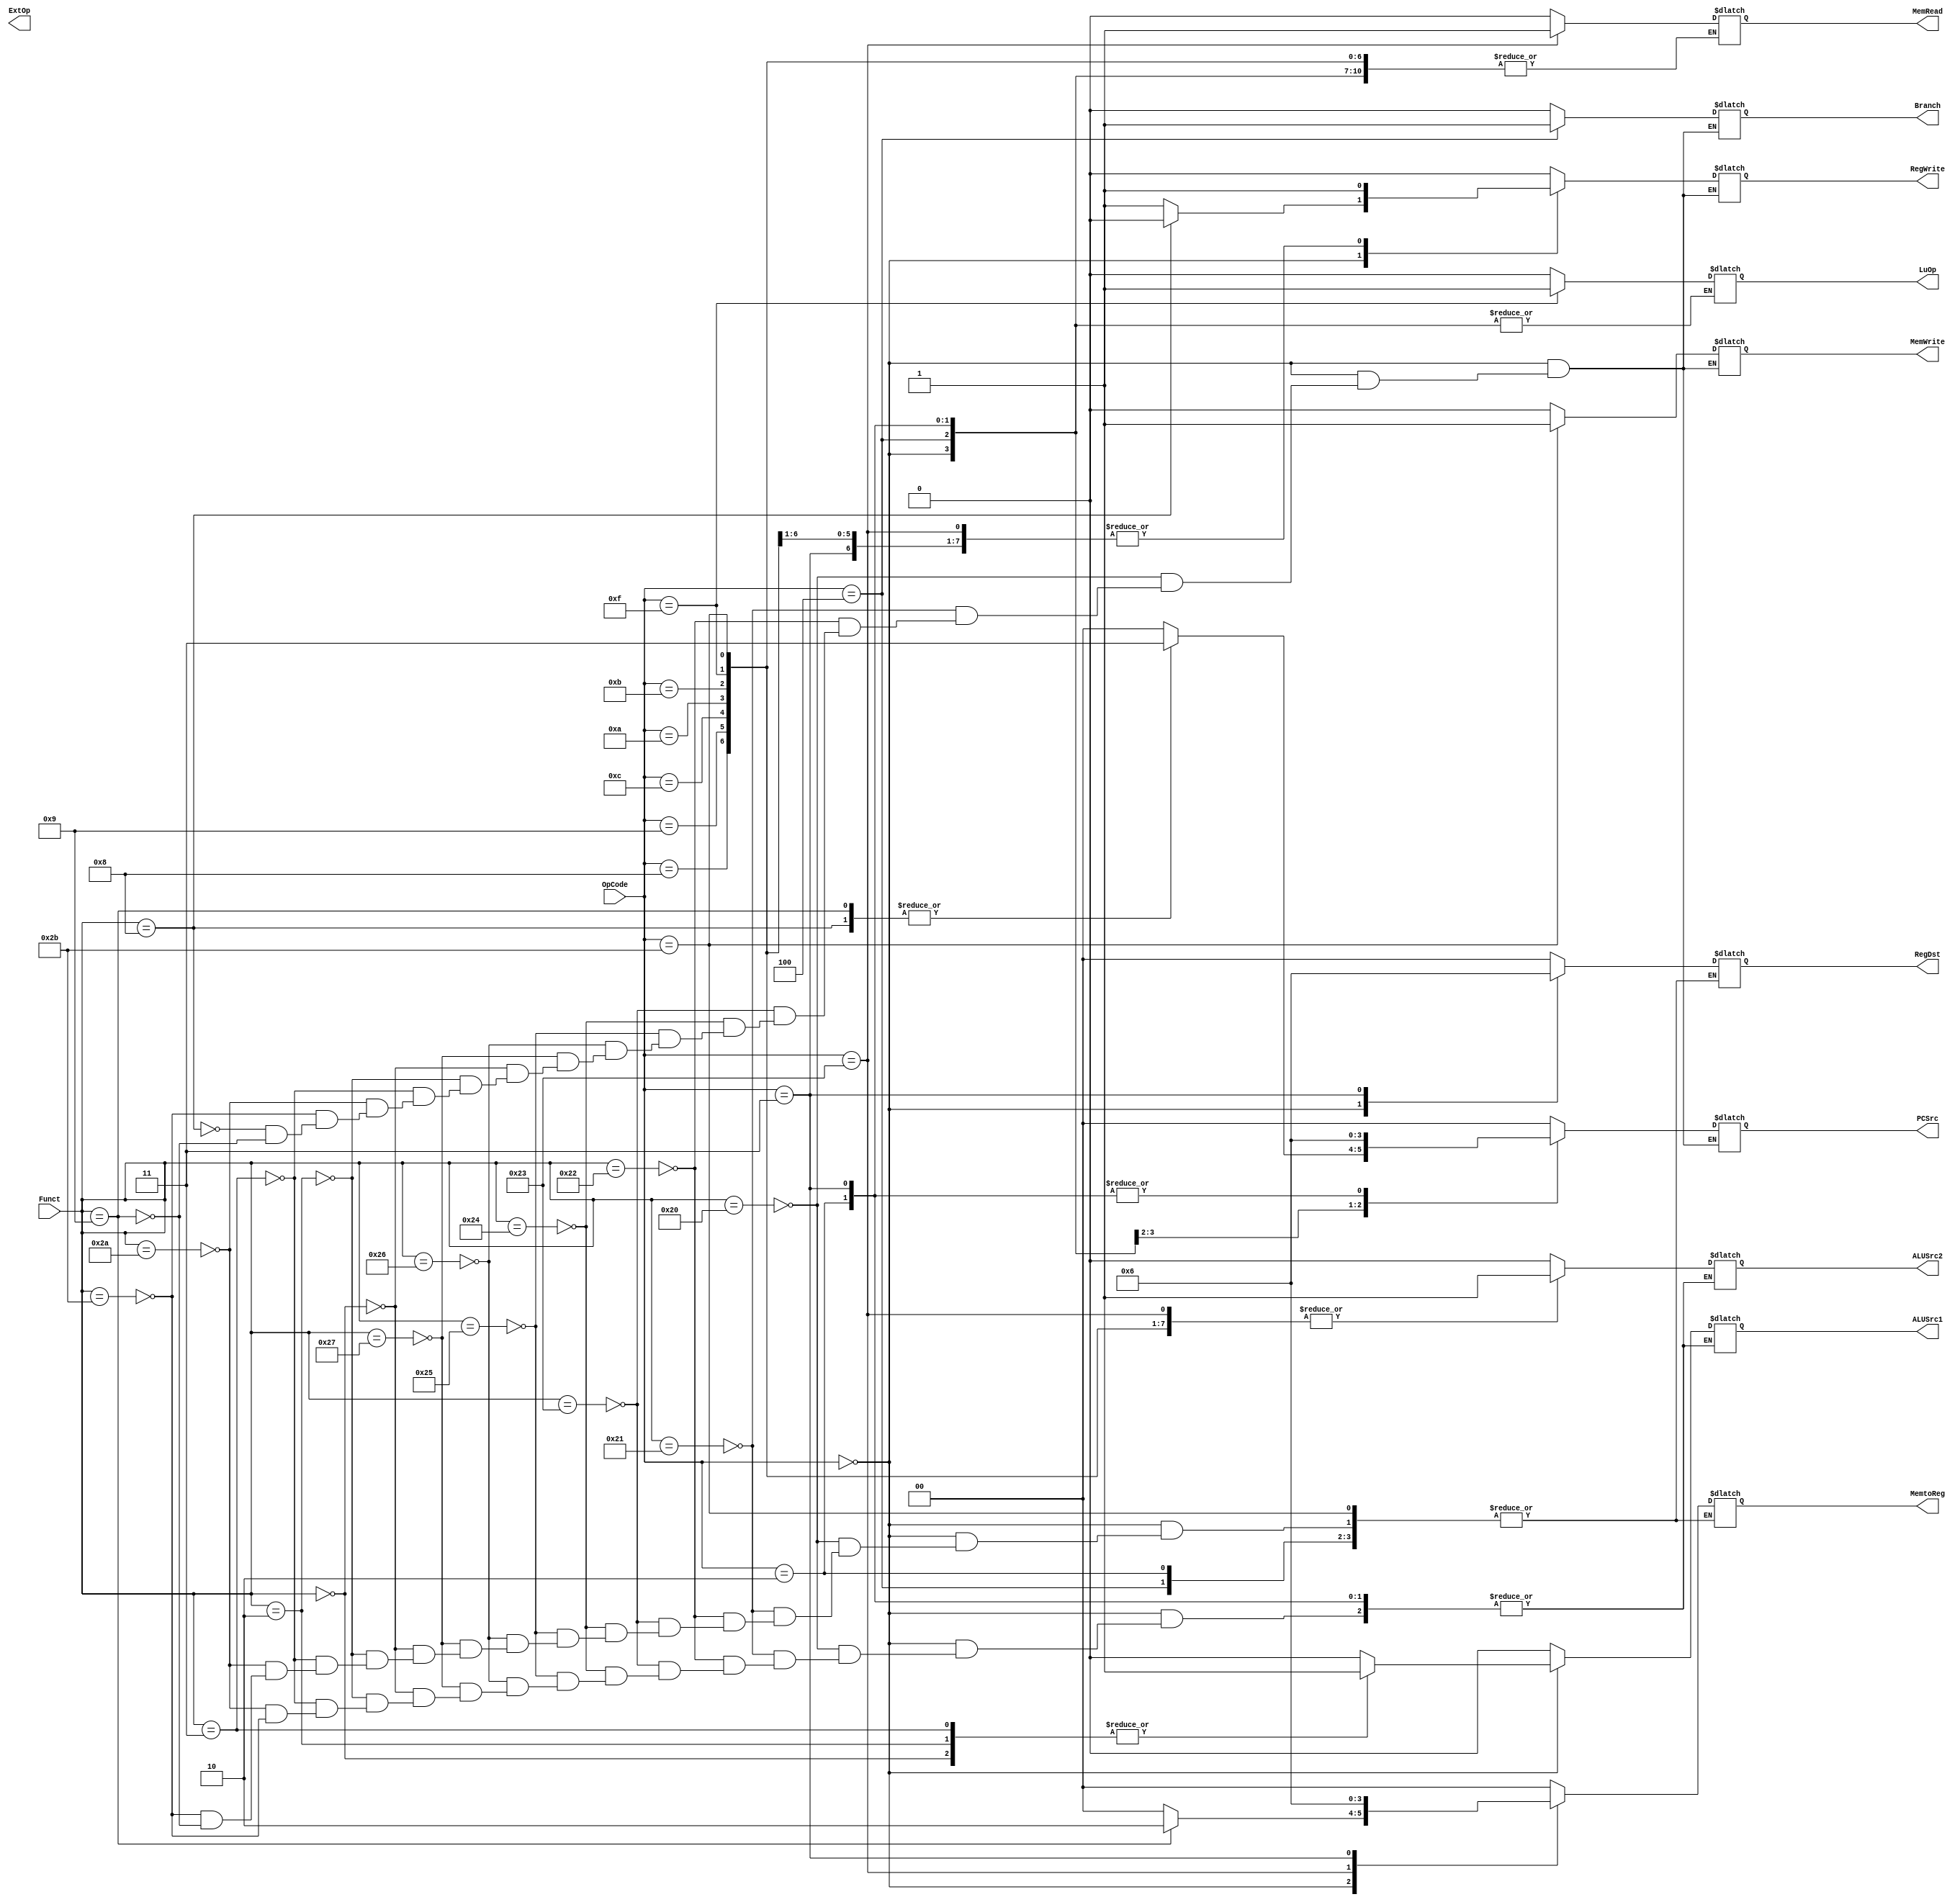
module Control(OpCode, Funct,
	PCSrc, Branch, RegWrite, RegDst, 
	MemRead, MemWrite, MemtoReg, 
	ALUSrc1, ALUSrc2, ExtOp, LuOp);
	input [5:0] OpCode;
	input [5:0] Funct;
	output [1:0] PCSrc;
	output Branch;
	output RegWrite;
	output [1:0] RegDst;
	output MemRead;
	output MemWrite;
	output [1:0] MemtoReg;
	output ALUSrc1;
	output ALUSrc2;
	output ExtOp;
	output LuOp;
	
	// Your code below
	initial begin
			PCSrc=2'b00;
			Branch=1'b0;
			RegWrite=1'b0;
			RegDst=2'b00;
			MemRead=1'b0;
			MemWrite=1'b0;
			MemtoReg=2'b00;
			ALUSrc1=1'b0;
			ALUSrc2=1'b0;
			Extop=1'b0;
			LuOp=1'b0;	
	end
	always @(*) begin
   		 case(OpCode)
			6'h00:begin
				case(Funct)
				//add
				6'h20:begin
					PCSrc=2'b00;
					Branch=1'b0;
					RegWrite=1'b1;
					RegDst=2'b01;
					//MemRead=1'b0;
					MemWrite=1'b0;
					MemtoReg=2'b00;
					ALUSrc1=1'b0;
					ALUSrc2=1'b0;
					//Extop=1'b0;
					//LuOp=1'b1;
					end
				//addu
				6'h21:begin
					PCSrc=2'b00;
					Branch=1'b0;
					RegWrite=1'b1;
					RegDst=2'b01;
					//MemRead=1'b0;
					MemWrite=1'b0;
					MemtoReg=2'b00;
					ALUSrc1=1'b0;
					ALUSrc2=1'b0;
					//Extop=1'b0;
					//LuOp=1'b0;
					end
				//sub
				6'h22:begin
					PCSrc=2'b00;
					Branch=1'b0;
					RegWrite=1'b1;
					RegDst=2'b01;
					//MemRead=1'b0;
					MemWrite=1'b0;
					MemtoReg=2'b00;
					ALUSrc1=1'b0;
					ALUSrc2=1'b0;
					//Extop=1'b0;
					//LuOp=1'b0;
					end
				//subu
				6'h23:begin
					PCSrc=2'b00;
					Branch=1'b0;
					RegWrite=1'b1;
					RegDst=2'b01;
					//MemRead=1'b0;
					MemWrite=1'b0;
					MemtoReg=2'b00;
					ALUSrc1=1'b0;
					ALUSrc2=1'b0;
					//Extop=1'b0;
					//LuOp=1'b0;
					end
				//and
				6'h24:begin
					PCSrc=2'b00;
					Branch=1'b0;
					RegWrite=1'b1;
					RegDst=2'b01;
					//MemRead=1'b0;
					MemWrite=1'b0;
					MemtoReg=2'b00;
					ALUSrc1=1'b0;
					ALUSrc2=1'b0;
					//Extop=1'b0;
					//LuOp=1'b0;
					end
				//or
				6'h25:begin
					PCSrc=2'b00;
					Branch=1'b0;
					RegWrite=1'b1;
					RegDst=2'b01;
					//MemRead=1'b0;
					MemWrite=1'b0;
					MemtoReg=2'b00;
					ALUSrc1=1'b0;
					ALUSrc2=1'b0;
					//Extop=1'b0;
					//LuOp=1'b0;
					end
				//xor
				6'h26:begin
					PCSrc=2'b00;
					Branch=1'b0;
					RegWrite=1'b1;
					RegDst=2'b01;
					//MemRead=1'b0;
					MemWrite=1'b0;
					MemtoReg=2'b00;
					ALUSrc1=1'b0;
					ALUSrc2=1'b0;
					//Extop=1'b0;
					//LuOp=1'b0;
					end
				//nor
				6'h27:begin
					PCSrc=2'b00;
					Branch=1'b0;
					RegWrite=1'b1;
					RegDst=2'b01;
					//MemRead=1'b0;
					MemWrite=1'b0;
					MemtoReg=2'b00;
					ALUSrc1=1'b0;
					ALUSrc2=1'b0;
					//Extop=1'b0;
					//LuOp=1'b0;
					end
				//sll
				6'h00:begin
					PCSrc=2'b00;
					Branch=1'b0;
					RegWrite=1'b1;
					RegDst=2'b01;
					//MemRead=1'b0;
					MemWrite=1'b0;
					MemtoReg=2'b00;
					ALUSrc1=1'b1;
					ALUSrc2=1'b0;
					//Extop=1'b0;
					//LuOp=1'b0;
					end
				//srl
				6'h02:begin
					PCSrc=2'b00;
					Branch=1'b0;
					RegWrite=1'b1;
					RegDst=2'b01;
					//MemRead=1'b0;
					MemWrite=1'b0;
					MemtoReg=2'b00;
					ALUSrc1=1'b1;
					ALUSrc2=1'b0;
					//Extop=1'b0;
					//LuOp=1'b0;
					end
				//sra
				6'h03:begin
					PCSrc=2'b00;
					Branch=1'b0;
					RegWrite=1'b1;
					RegDst=2'b01;
					//MemRead=1'b0;
					MemWrite=1'b0;
					MemtoReg=2'b00;
					ALUSrc1=1'b1;
					ALUSrc2=1'b0;
					//Extop=1'b0;
					//LuOp=1'b0;
					end
				//slt
				6'h2a:begin
					PCSrc=2'b00;
					Branch=1'b0;
					RegWrite=1'b1;
					RegDst=2'b01;
					//MemRead=1'b0;
					MemWrite=1'b0;
					MemtoReg=2'b00;
					ALUSrc1=1'b0;
					ALUSrc2=1'b0;
					//Extop=1'b0;
					//LuOp=1'b0;
					end
				//sltu
				6'h2b:begin
					PCSrc=2'b00;
					Branch=1'b0;
					RegWrite=1'b1;
					RegDst=2'b01;
					//MemRead=1'b0;
					MemWrite=1'b0;
					MemtoReg=2'b00;
					ALUSrc1=1'b0;
					ALUSrc2=1'b0;
					//Extop=1'b0;
					//LuOp=1'b0;
					end
				//jr
				6'h08:begin
					PCSrc=2'b11;
					Branch=1'b0;
					RegWrite=1'b0;
					//RegDst=2'b00;
					//MemRead=1'b0;
					MemWrite=1'b0;
					//MemtoReg=2'b00;
					//ALUSrc1=1'b0;
					//ALUSrc2=1'b0;
					//Extop=1'b0;
					//LuOp=1'b0;
					end
				//jalr
				6'h09:begin
					PCSrc=2'b11;
					Branch=1'b0;
					RegWrite=1'b1;
					RegDst=2'b01;
					//MemRead=1'b0;
					MemWrite=1'b0;
					MemtoReg=2'b10;
					//ALUSrc1=1'b0;
					//ALUSrc2=1'b0;
					//Extop=1'b0;
					//LuOp=1'b0;
					end
				endcase
				end
			//lw
			6'h23:begin
					PCSrc=2'b00;
					Branch=1'b0;
					RegWrite=1'b1;
					RegDst=2'b00;
					MemRead=1'b1;
					MemWrite=1'b0;
					MemtoReg=2'b01;
					ALUSrc1=1'b0;
					ALUSrc2=1'b1;
					Extop=1'b1;
					LuOp=1'b0;
				end
			//sw
			6'h2b:begin
					PCSrc=2'b00;
					Branch=1'b0;
					RegWrite=1'b0;
					//RegDst=2'b01;
					//MemRead=1'b0;
					MemWrite=1'b1;
					//MemtoReg=2'b00;
					ALUSrc1=1'b0;
					ALUSrc2=1'b1;
					Extop=1'b1;
					LuOp=1'b0;
				end
			//addi
			6'h08:begin
					PCSrc=2'b00;
					Branch=1'b0;
					RegWrite=1'b1;
					RegDst=2'b00;
					//MemRead=1'b0;
					MemWrite=1'b0;
					MemtoReg=2'b00;
					ALUSrc1=1'b0;
					ALUSrc2=1'b1;
					Extop=1'b1;
					LuOp=1'b0;
				end
			//addiu
			6'h09:begin
					PCSrc=2'b00;
					Branch=1'b0;
					RegWrite=1'b1;
					RegDst=2'b00;
					//MemRead=1'b0;
					MemWrite=1'b0;
					MemtoReg=2'b00;
					ALUSrc1=1'b0;
					ALUSrc2=1'b1;
					Extop=1'b1;
					LuOp=1'b0;
				end
			//andi
			6'h0c:begin
					PCSrc=2'b00;
					Branch=1'b0;
					RegWrite=1'b1;
					RegDst=2'b00;
					//MemRead=1'b0;
					MemWrite=1'b0;
					MemtoReg=2'b00;
					ALUSrc1=1'b0;
					ALUSrc2=1'b1;
					Extop=1'b0;
					LuOp=1'b0;
				end
			//slti
			6'h0a:begin
					PCSrc=2'b00;
					Branch=1'b0;
					RegWrite=1'b1;
					RegDst=2'b00;
					//MemRead=1'b0;
					MemWrite=1'b0;
					MemtoReg=2'b00;
					ALUSrc1=1'b0;
					ALUSrc2=1'b1;
					Extop=1'b1;
					LuOp=1'b0;
				end
			//sltiu
			6'h0b:begin
					PCSrc=2'b00;
					Branch=1'b0;
					RegWrite=1'b1;
					RegDst=2'b00;
					//MemRead=1'b0;
					MemWrite=1'b0;
					MemtoReg=2'b00;
					ALUSrc1=1'b0;
					ALUSrc2=1'b1;
					Extop=1'b1;
					LuOp=1'b0;
				end
			//beq
			6'h04:begin
					PCSrc=2'b01;
					Branch=1'b1;
					RegWrite=1'b0;
					//RegDst=2'b00;
					//MemRead=1'b0;
					MemWrite=1'b0;
					//MemtoReg=2'b00;
					ALUSrc1=1'b0;
					ALUSrc2=1'b0;
					Extop=1'b1;
					//LuOp=1'b0;
				end
			//lui
			6'h0f:begin
					PCSrc=2'b00;
					Branch=1'b0;
					RegWrite=1'b1;
					RegDst=2'b00;
					//MemRead=1'b0;
					MemWrite=1'b0;
					MemtoReg=2'b00;
					ALUSrc1=1'b0;
					ALUSrc2=1'b1;
					//Extop=1'b0;
					LuOp=1'b1;
				end
			//j
			6'h02:begin
					PCSrc=2'b10;
					Branch=1'b0;
					RegWrite=1'b0;
					//RegDst=2'b00;
					//MemRead=1'b0;
					MemWrite=1'b0;
					//MemtoReg=2'b00;
					//ALUSrc1=1'b0;
					//ALUSrc2=1'b1;
					//Extop=1'b0;
					//LuOp=1'b0;
				end
			//jal
			6'h03:begin
					PCSrc=2'b10;
					Branch=1'b0;
					RegWrite=1'b1;
					RegDst=2'b10;
					//MemRead=1'b0;
					MemWrite=1'b0;
					MemtoReg=2'b10;
					//ALUSrc1=1'b0;
					//ALUSrc2=1'b1;
					//Extop=1'b0;
					//LuOp=1'b0;
				end
			default:begin
					PCSrc=2'b00;
					Branch=1'b0;
					RegWrite=1'b0;
					RegDst=2'b00;
					MemRead=1'b0;
					MemWrite=1'b0;
					MemtoReg=2'b00;
					ALUSrc1=1'b0;
					ALUSrc2=1'b0;
					Extop=1'b0;
					LuOp=1'b0;
					end
			endcase
		end
		
	// Your code above

	
endmodule